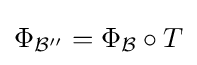
\Phi _{\mathcal {B''}}=\Phi _{\mathcal {B}}\circ T